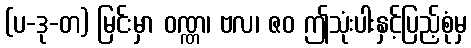
(ပ-ဒု-တ) မြင်းမှာ ဝဏ္ဏ၊ ဗလ၊ ဇဝ ဤသုံးပါးနှင့်ပြည့်စုံမှ